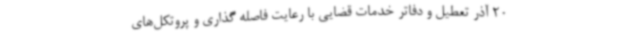
20 آذر تعطیل و دفاتر خدمات قضایی با رعایت فاصله گذاری و پروتکل‌های